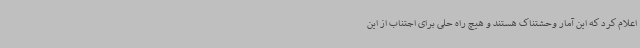
اعلام کرد که این آمار وحشتناک هستند و هیچ راه حلی برای اجتناب از این